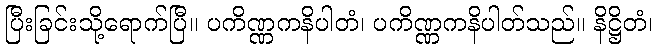
ပြီးခြင်းသို့ရောက်ပြီ။ ပကိဏ္ဏကနိပါတံ၊ ပကိဏ္ဏကနိပါတ်သည်။ နိဋ္ဌိတံ၊